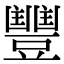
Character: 𮙘